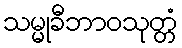
သမ္မုခီဘာဝသုတ္တံ